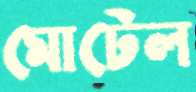
মোটেল